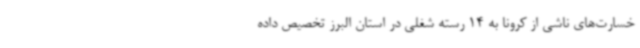
خسارت‌های ناشی از کرونا به 14 رسته شغلی در استان البرز تخصیص داده